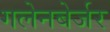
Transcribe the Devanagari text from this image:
गलेनबेर्जर